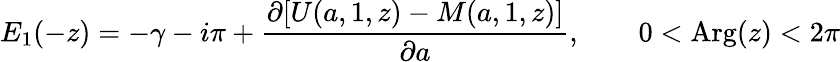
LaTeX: E_{1}(-z)=-\gamma-i\pi+{\frac{\partial[U(a,1,z)-M(a,1,z)]}{\partial a}},\qquad 0<\mathrm{{Arg}}(z)<2\pi